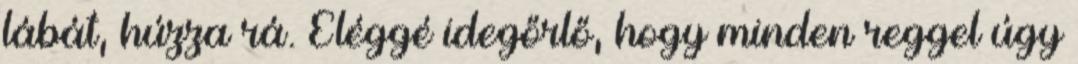
lábát, húzza rá. Eléggé idegőrlő, hogy minden reggel úgy